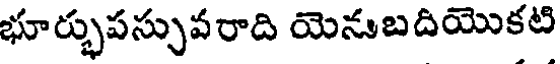
భూర్భుపస్సువరాది యెనుబదియొకటి